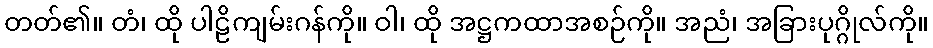
တတ်၏။ တံ၊ ထို ပါဠိကျမ်းဂန်ကို။ ဝါ၊ ထို အဋ္ဌကထာအစဉ်ကို။ အညံ၊ အခြားပုဂ္ဂိုလ်ကို။